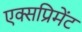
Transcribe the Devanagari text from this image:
एक्सप्रिमेंट